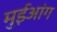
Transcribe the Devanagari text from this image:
मुईआंग